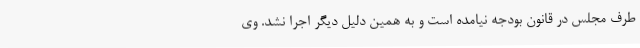
طرف مجلس در قانون بودجه نیامده است و به همین دلیل دیگر اجرا نشد. وی